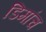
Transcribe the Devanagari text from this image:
डिमांच